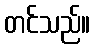
တင်သည်။